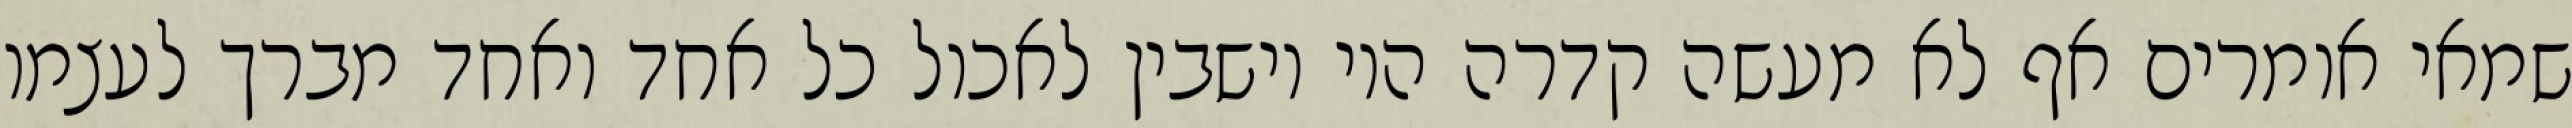
שמאי אומרים אף לא מעשה קדרה היו יושבין לאכול כל אחד ואחד מברך לעצמו